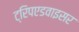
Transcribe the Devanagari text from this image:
ट्रिपएडवाइसर